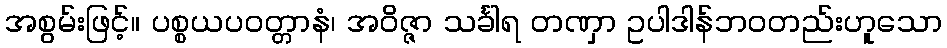
အစွမ်းဖြင့်။ ပစ္စယပဝတ္တာနံ၊ အဝိဇ္ဇာ သင်္ခါရ တဏှာ ဥပါဒါန်ဘဝတည်းဟူသော